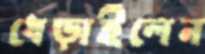
ধেড়াইলেন